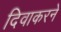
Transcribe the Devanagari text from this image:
दिवाकरने